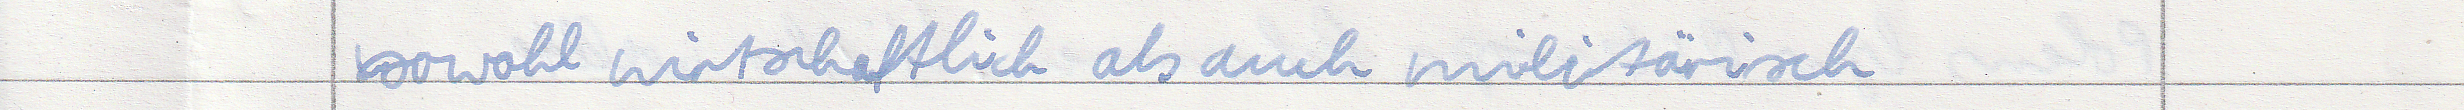
sowohl wirtschaftlich als auch militärisch